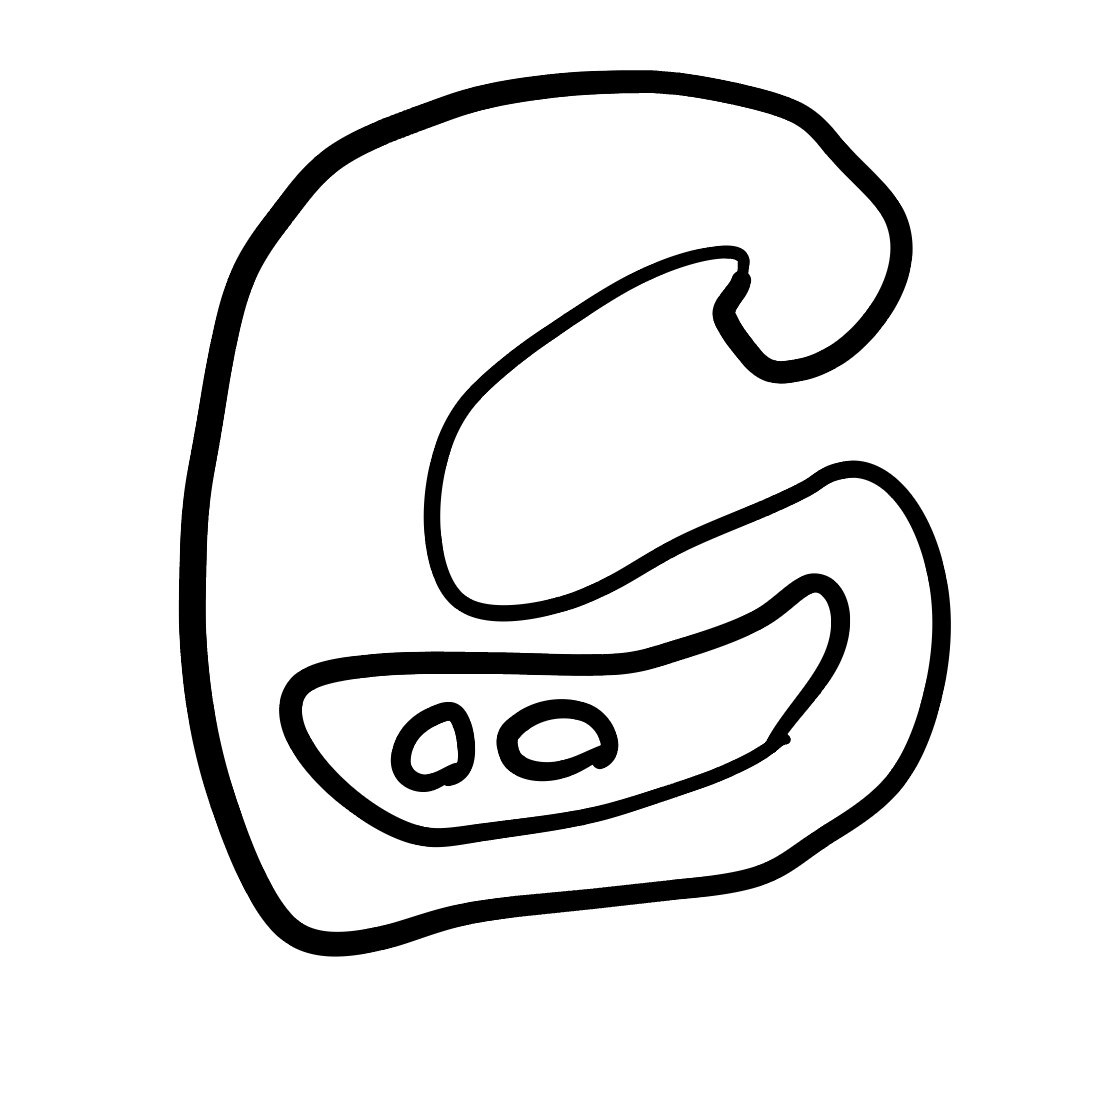
Number of regions (including the outer root region): 5
Containment tree edges (parent, child): 0, 1, 1, 2, 2, 3, 2, 4